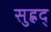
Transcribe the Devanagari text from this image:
सुह्रद्